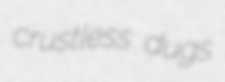
crustless dugs